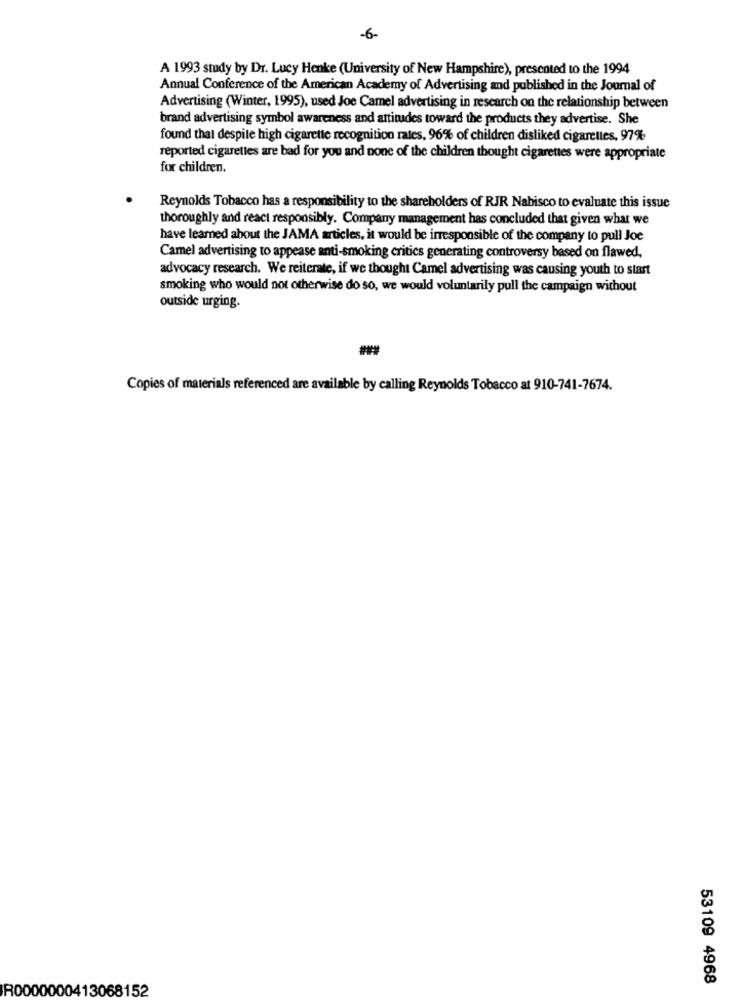
-6-
A 1993 study by Dr. Lucy Henke (University of New Hampshire), presented to the 1994
Annual Conference of the American Academy of Advertising and published in the Journal of
Advertising (Winter, 1995), used Joe Camel advertising in research on the relationship between
brand advertising symbol awareness and attitudes toward the products they advertise. She
found that despite high cigarette recognition rates, 96% of children disliked cigarettes, 97%
reported cigarettes are bad for you and none of the children thought cigarettes were appropriate
for children.
Reynolds Tobacco has a responsibility to the shareholders of RJR Nabisco to evaluate this issue
thoroughly and react responsibly. Company management has concluded that given what we
have learned about the JAMA articles, it would be irresponsible of the company to pull Joe
Camel advertising to appease anti-smoking critics generating controversy based on flawed,
advocacy research. We reiterate, if we thought Camel advertising was causing youth to start
smoking who would not otherwise do so, we would voluntarily pull the campaign without
outside urging.
Copies of materials referenced are available by calling Reynolds Tobacco at 910-741-7674.
53109 4968
R0000000413068152